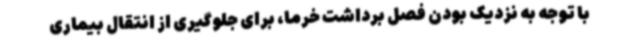
با توجه به نزدیک بودن فصل برداشت خرما، برای جلوگیری از انتقال بیماری